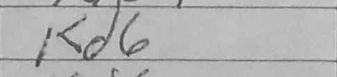
Transcription: Kd6